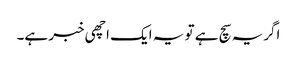
اگریہ سچ ہے تو یہ ایک اچھی خبر ہے۔